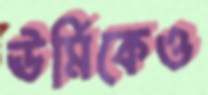
ঊর্মিকেও